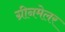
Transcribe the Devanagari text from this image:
ग्रीनमेलर